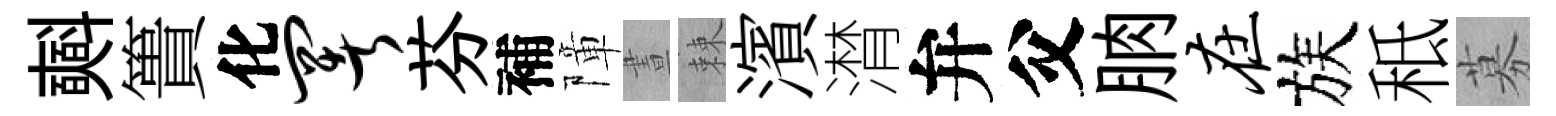
𣂏簣化署芬補障晝棘濱潸弁父朒在族秪募